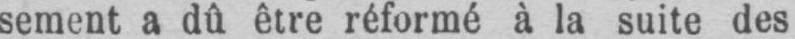
sement a dû être réformé à la suite des